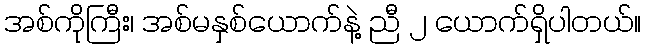
အစ်ကိုကြီး၊ အစ်မနှစ်ယောက်နဲ့ ညီ ၂ ယောက်ရှိပါတယ်။